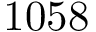
1 0 5 8